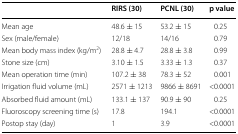
<table><thead><tr><td></td><td><b>RIRS (30)</b></td><td><b>PCNL (30)</b></td><td><b>p value</b></td></tr></thead><tbody><tr><td>Mean age</td><td>48.6 ± 15</td><td>53.2 ± 15</td><td>0.25</td></tr><tr><td>Sex (male/female)</td><td>12/18</td><td>14/16</td><td>0.79</td></tr><tr><td>Mean body mass index (kg/m<sup>2</sup>)</td><td>28.8 ± 4.7</td><td>28.8 ± 3.8</td><td>0.99</td></tr><tr><td>Stone size (cm)</td><td>3.10 ± 1.5</td><td>3.33 ± 1.3</td><td>0.37</td></tr><tr><td>Mean operation time (min)</td><td>107.2 ± 38</td><td>78.3 ± 52</td><td>0.001</td></tr><tr><td>Irrigation fluid volume (mL)</td><td>2571 ± 1213</td><td>9866 ± 8691</td><td>&lt;0.0001</td></tr><tr><td>Absorbed fluid amount (mL)</td><td>133.1 ± 137</td><td>90.9 ± 90</td><td>0.25</td></tr><tr><td>Fluoroscopy screening time (s)</td><td>17.8</td><td>194.1</td><td>&lt;0.0001</td></tr><tr><td>Postop stay (day)</td><td>1</td><td>3.9</td><td>&lt;0.0001</td></tr></tbody></table>